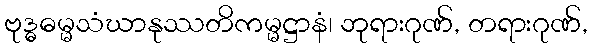
ဗုဒ္ဓဓမ္မသံဃာနုဿတိကမ္မဋ္ဌာနံ၊ ဘုရားဂုဏ်, တရားဂုဏ်,